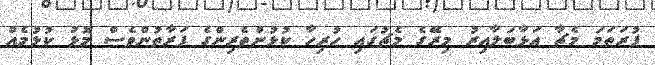
ފުރަތަމަ މެޗާ އަޅާބަލާއިރު މިރޭގެ މެޗުގައި ހުރިހާ ކުޅުންތެރިންގެ ފަރާތުންވެސް މޮޅު ކުޅުމެއް